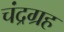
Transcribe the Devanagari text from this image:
चंद्रग्रह